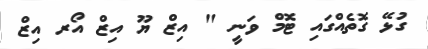
ގުޅޭ ގޮތެއްގައި ޓޮމް ވަނީ " އިޒް ޔޫ އިޒް އޯރ އިޒް